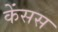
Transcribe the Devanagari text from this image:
केंसस